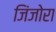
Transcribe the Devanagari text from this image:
जिंजोरा